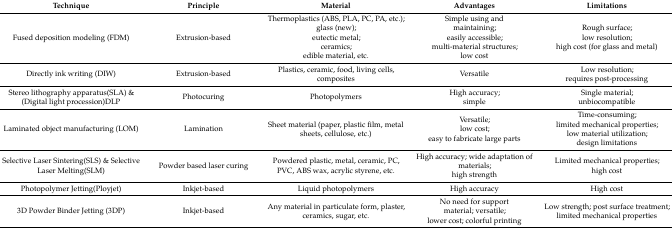
| Technique | Principle | Material | Advantages | Limitations |
 | --- | --- | --- | --- | --- |
 | Fused deposition modeling (FDM) | Extrusion-based | Thermoplastics (ABS, PLA, PC, PA, etc.); glass (new); eutectic metal; ceramics; edible material, etc. | Simple using andmaintaining; easily accessible;multi-material structures; low cost | Rough surface;low resolution;high cost (for glass and metal) |
 | Directly ink writing (DIW) | Extrusion-based | Plastics, ceramic, food, living cells, composites | Versatile | Low resolution;requires post-processing |
 | Stereo lithography apparatus(SLA) & (Digital light procession)DLP | Photocuring | Photopolymers | High accuracy;simple | Single material;unbiocompatible |
 | Laminated object manufacturing (LOM) | Lamination | Sheet material (paper, plastic film, metal sheets, cellulose, etc.) | Versatile; low cost;easy to fabricate large parts | Time-consuming; limited mechanical properties;low material utilization;design limitations |
 | Selective Laser Sintering(SLS) & Selective Laser Melting(SLM) | Powder based laser curing | Powdered plastic, metal, ceramic, PC, PVC, ABS wax, acrylic styrene, etc. | High accuracy; wide adaptation of materials;high strength | Limited mechanical properties; high cost |
 | Photopolymer Jetting(Ployjet) | Inkjet-based | Liquid photopolymers | High accuracy | High cost |
 | 3D Powder Binder Jetting (3DP) | Inkjet-based | Any material in particulate form, plaster, ceramics, sugar, etc. | No need for support material; versatile; lower cost; colorful printing | Low strength; post surface treatment; limited mechanical properties |